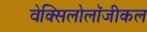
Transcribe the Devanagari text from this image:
वेक्सिलोलॉजीकल